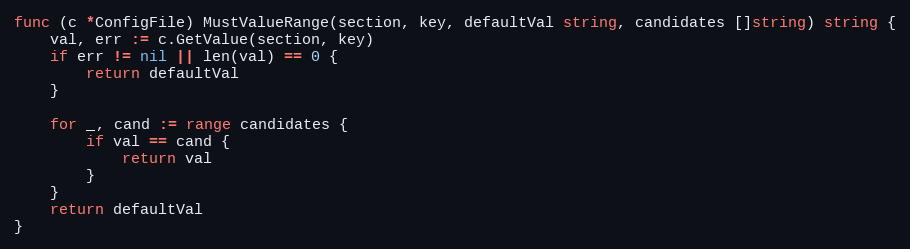
Language: Go
func (c *ConfigFile) MustValueRange(section, key, defaultVal string, candidates []string) string {
	val, err := c.GetValue(section, key)
	if err != nil || len(val) == 0 {
		return defaultVal
	}

	for _, cand := range candidates {
		if val == cand {
			return val
		}
	}
	return defaultVal
}